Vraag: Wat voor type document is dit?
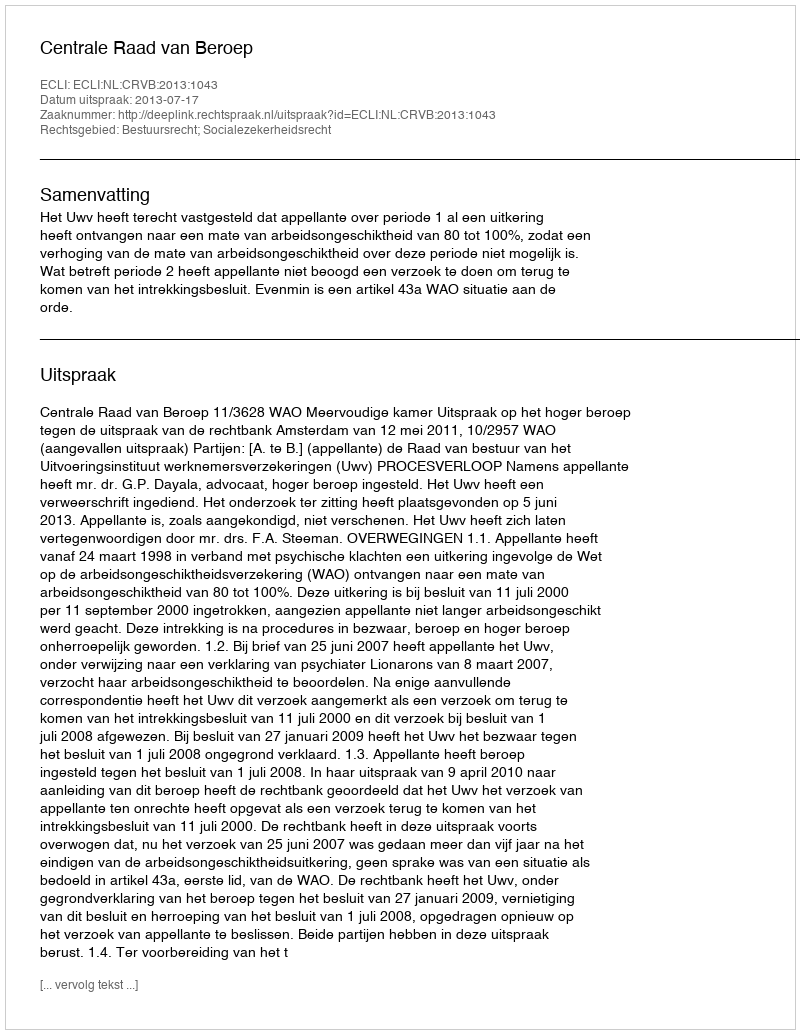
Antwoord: Uitspraak